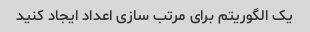
یک الگوریتم برای مرتب سازی اعداد ایجاد کنید